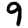
Digit: 9